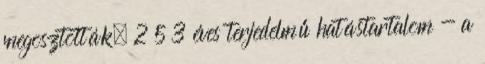
megosztották. 2 5 3 éves terjedelmű hatástartalom - a